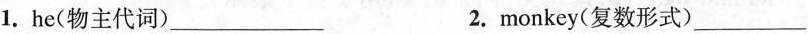
1.he(物主代词)_____ 2.monkey(复数形式)___